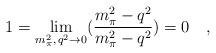
LaTeX: \begin{align*}1=\lim_{m_{\pi}^2,\,q^{2}\rightarrow 0}(\frac{m^{2}_{\pi}-q^{2}}{m^{2}_{\pi}-q^{2}})=0 \quad,\end{align*}